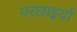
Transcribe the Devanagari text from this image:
परछाइयों